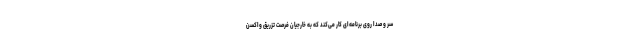
سر و صدا روی برنامه‌ای کار می‌کند که به خارجیان فرصت تزریق واکسن